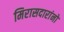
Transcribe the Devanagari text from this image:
मिरासदारांनो